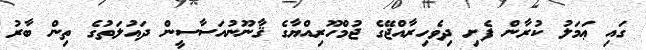
ގައި ޢަމަލު ކުރާން ފެށި ދިވެހިރާއްޖޭގެ ޖުމްހޫރިއްޔާގެ ޤާނޫނުއަސާސީން ދައުލަތުގެ ތިން ބާރު